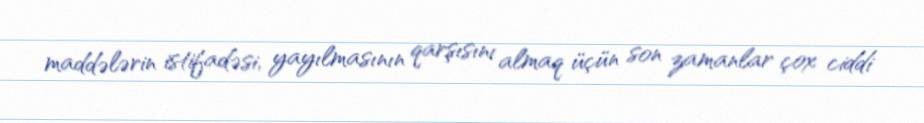
maddələrin istifadəsi, yayılmasının qarşısını almaq üçün son zamanlar çox ciddi